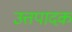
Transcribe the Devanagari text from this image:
उत्तपादक